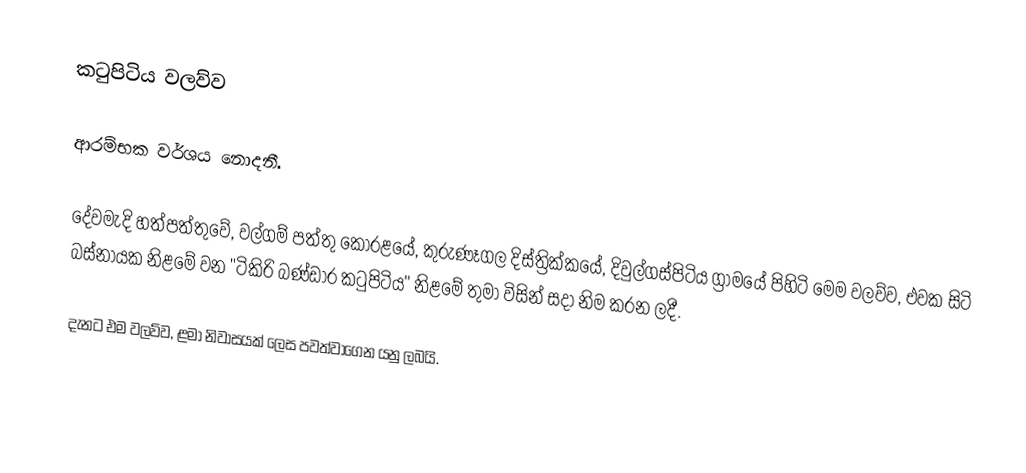
කටුපිටිය වලව්ව

 ආරම්භක වර්ශය නොදනී.

 දේවමැදි හත්පත්තුවේ, වල්ගම් පත්තු කෝරළයේ, කුරුණෑගල දිස්ත්‍රික්කයේ, දිවුල්ගස්පිටිය ග්‍රාමයේ පිහිටි මෙම වලව්ව, එවක සිටි බස්නායක නිළමේ වන "ටිකිරි බණ්ඩාර කටුපිටිය" නිළමේ තුමා විසින් සදා නිම කරන ලදී.

 දැනට එම වලව්ව, ළමා නිවාසයක් ලෙස පවත්වාගෙන යනු ලබයි.